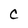
Character: C